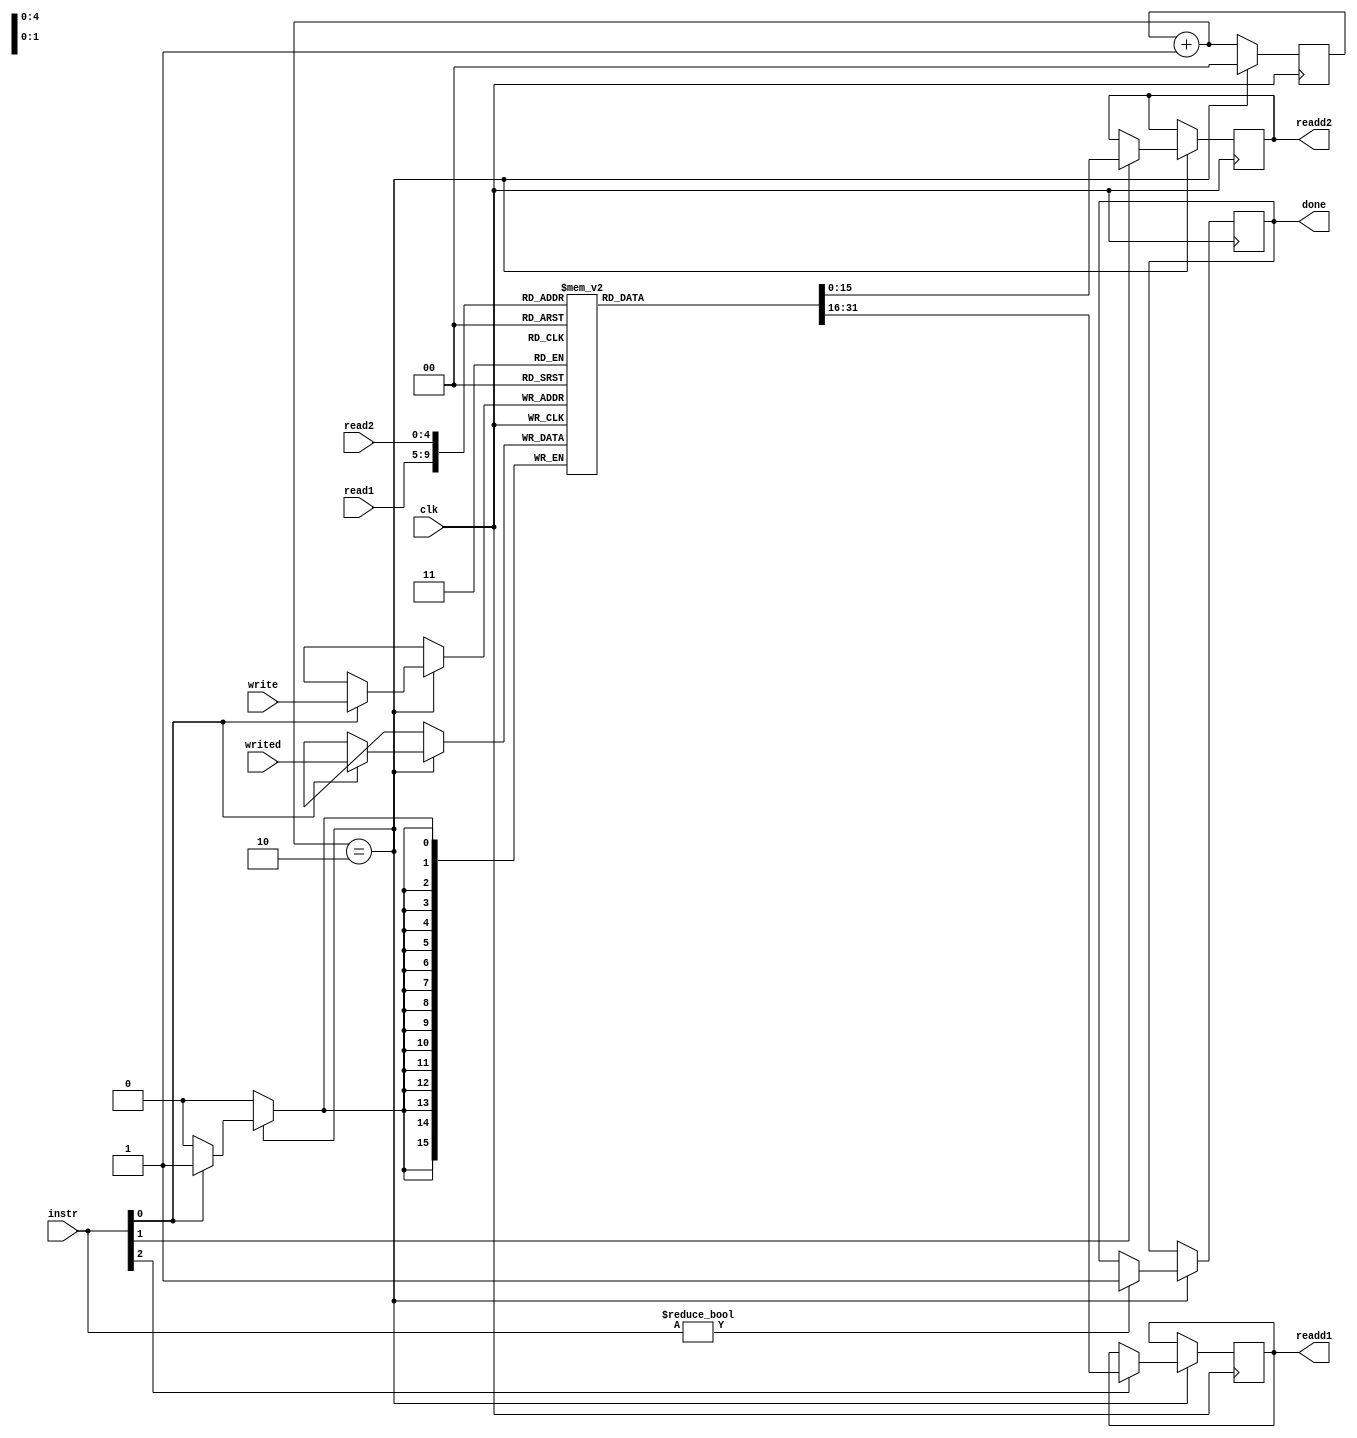
module interface(clk, instr, read1, read2, write, writed, readd1, readd2, done);

input clk;
input [2:0] instr;
input [4:0] read1; // read address 1
input [4:0] read2; // read address 2
input [4:0] write; // write address
input [15:0] writed; // data to be written

output reg [15:0] readd1; // data from read1
output reg [15:0] readd2; // data from read2
output reg done=0;

reg [15:0] regfl [0:31];
reg [1:0] cyc=0;

always @(posedge clk) begin
    done<=0;
    cyc=cyc+1;
    if(cyc == 2) begin
        if(instr[2] == 1) readd1<=regfl[read1];
        if(instr[1] == 1) readd2<=regfl[read2];
        if(instr[0] == 1) regfl[write]<=writed;
        cyc<=0;
        if(instr != 0) done=1;
    end
end

endmodule